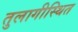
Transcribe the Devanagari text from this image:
तुलागीस्थित